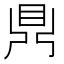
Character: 𪔂